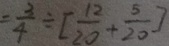
= \frac { 3 } { 4 } \div [ \frac { 1 2 } { 2 0 } + \frac { 5 } { 2 0 } ]